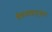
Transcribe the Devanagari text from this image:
ईशआज्ञानुसार